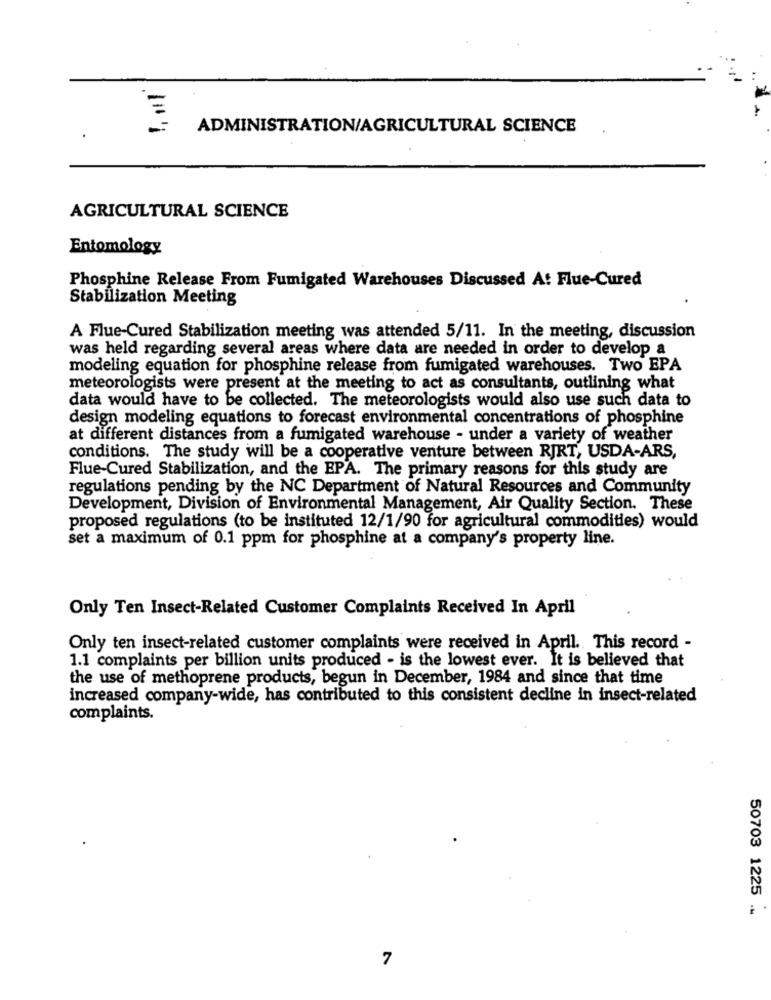
ADMINISTRATION/AGRICULTURAL SCIENCE
AGRICULTURAL SCIENCE
Entomology
Phosphine Release From Fumigated Warehouses Discussed At Flue-Cured
Stabilization Meeting
A Flue-Cured Stabilization meeting was attended 5/11. In the meeting, discussion
was held regarding several areas where data are needed in order to develop a
modeling equation for phosphine release from fumigated warehouses. Two EPA
meteorologists were present at the meeting to act as consultants, outlining what
data would have to be collected. The meteorologists would also use such data to
design modeling equations to forecast environmental concentrations of phosphine
at different distances from a fumigated warehouse - under a variety of weather
conditions. The study will be a cooperative venture between RJRT, USDA-ARS,
Flue-Cured Stabilization, and the EPA. The primary reasons for this study are
regulations pending by the NC Department of Natural Resources and Community
Development, Division of Environmental Management, Air Quality Section. These
proposed regulations (to be instituted 12/1/90 for agricultural commodities) would
set a maximum of 0.1 ppm for phosphine at a company's property line.
Only Ten Insect-Related Customer Complaints Received In April
Only ten insect-related customer complaints were received in April. This record -
1.1 complaints per billion units produced - is the lowest ever. It is believed that
the use of methoprene products, begun in December, 1984 and since that time
increased company-wide, has contributed to this consistent decline in insect-related
complaints.
50703 1225 .
7